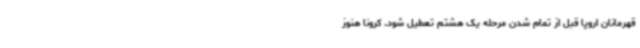
قهرمانان اروپا قبل از تمام شدن مرحله یک هشتم تعطیل شود. کرونا هنوز